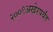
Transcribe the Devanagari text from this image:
२००९अखेरपर्यंत